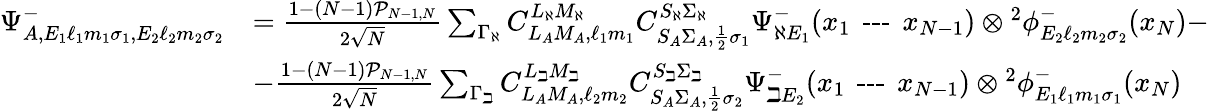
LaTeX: \begin{array}{rl}{\Psi_{A,E_{1}\ell_{1}m_{1}\sigma_{1},E_{2}\ell_{2}m_{2}\sigma_{2}}^{-}}&{=\frac{1-(N-1)\mathcal{P}_{N-1,N}}{2\sqrt{N}}\sum_{\Gamma_{\aleph}}C_{L_{A}M_{A},\ell_{1}m_{1}}^{L_{\aleph}M_{\aleph}}C_{S_{A}\Sigma_{A},\frac{1}{2}\sigma_{1}}^{S_{\aleph}\Sigma_{\aleph}}\Psi_{\aleph E_{1}}^{-}(x_{1}\textrm{\, ---\, }x_{N-1})\otimes{^{2}\phi_{E_{2}\ell_{2}m_{2}\sigma_{2}}^{-}}(x_{N})-}\\ &{-\frac{1-(N-1)\mathcal{P}_{N-1,N}}{2\sqrt{N}}\sum_{\Gamma_{\beth}}C_{L_{A}M_{A},\ell_{2}m_{2}}^{L_{\beth}M_{\beth}}C_{S_{A}\Sigma_{A},\frac{1}{2}\sigma_{2}}^{S_{\beth}\Sigma_{\beth}}\Psi_{\beth E_{2}}^{-}(x_{1}\textrm{\, ---\, }x_{N-1})\otimes{^{2}\phi_{E_{1}\ell_{1}m_{1}\sigma_{1}}^{-}}(x_{N})}\end{array}